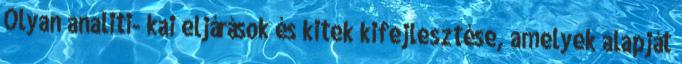
Olyan analiti- kai eljárások és kitek kifejlesztése, amelyek alapját